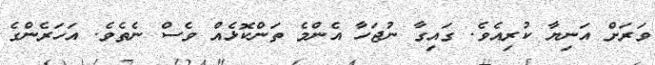
ވަރަށް އަނިޔާ ކުރިއެވެ. ގައިގާ ނުޖަހާ އެންމެ ތަންކޮޅެއް ވެސް ނެތެވެ. އަހަރެންގެ